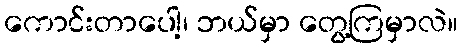
ကောင်းတာပေါ့၊ ဘယ်မှာ တွေ့ကြမှာလဲ။